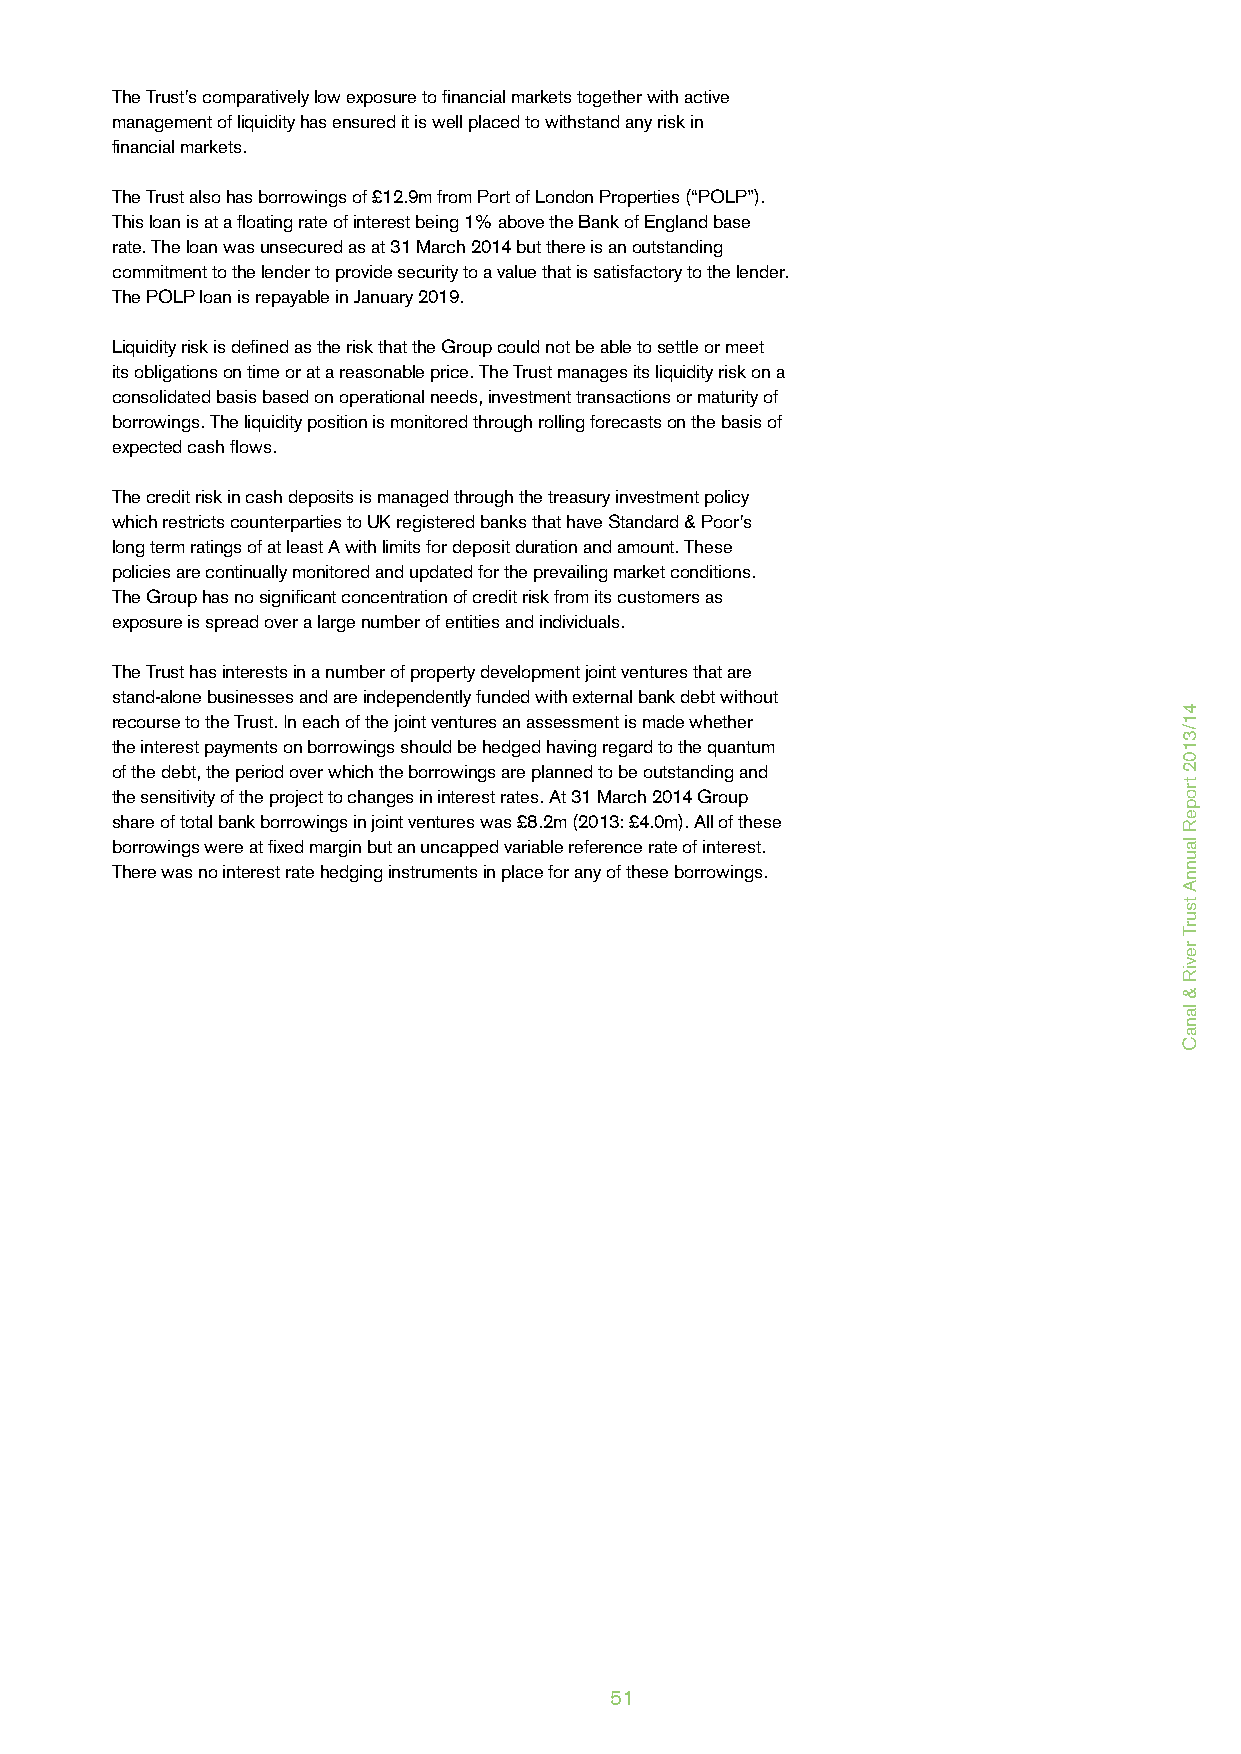
The Trust’s comparatively low exposure to financial markets together with active
 management of liquidity has ensured it is well placed to withstand any risk in
 financial markets.
 The Trust also has borrowings of £12.9m from Port of London Properties (“POLP”).
 This loan is at a floating rate of interest being 1% above the Bank of England base
 rate. The loan was unsecured as at 31 March 2014 but there is an outstanding
 commitment to the lender to provide security to a value that is satisfactory to the lender.
 The POLP loan is repayable in January 2019.
 Liquidity risk is defined as the risk that the Group could not be able to settle or meet
 its obligations on time or at a reasonable price. The Trust manages its liquidity risk on a
 consolidated basis based on operational needs, investment transactions or maturity of
 borrowings. The liquidity position is monitored through rolling forecasts on the basis of
 expected cash flows.
 The credit risk in cash deposits is managed through the treasury investment policy
 which restricts counterparties to UK registered banks that have Standard & Poor’s
 long term ratings of at least A with limits for deposit duration and amount. These
 policies are continually monitored and updated for the prevailing market conditions.
 The Group has no significant concentration of credit risk from its customers as
 exposure is spread over a large number of entities and individuals.
 The Trust has interests in a number of property development joint ventures that are
 stand-alone businesses and are independently funded with external bank debt without
 recourse to the Trust. In each of the joint ventures an assessment is made whether
 the interest payments on borrowings should be hedged having regard to the quantum
 of the debt, the period over which the borrowings are planned to be outstanding and
 the sensitivity of the project to changes in interest rates. At 31 March 2014 Group
 share of total bank borrowings in joint ventures was £8.2m (2013: £4.0m). All of these
 borrowings were at fixed margin but an uncapped variable reference rate of interest.
 There was no interest rate hedging instruments in place for any of these borrowings.
 51
 41/3102
 tropeR
 launnA
 tsurT
 reviR
 &
 lanaC